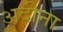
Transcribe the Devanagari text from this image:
अदीना